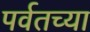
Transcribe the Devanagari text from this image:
पर्वतच्या